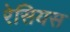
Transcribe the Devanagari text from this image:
रेसियस